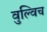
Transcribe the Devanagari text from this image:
वुल्विच